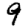
Digit: 9